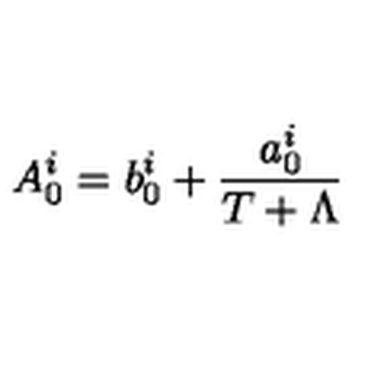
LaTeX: A _ { 0 } ^ { i } = b _ { 0 } ^ { i } + \frac { a _ { 0 } ^ { i } } { T + \Lambda }